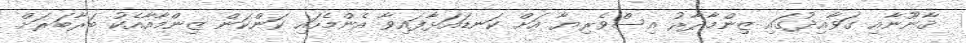
ޤާނޫނާއި ގަވާއިދުގައި ޒިންމާދާރު އިސްވެރިޔާ އަށް ކަނޑައަޅާފައިވާ އެންމެހައި ކަންކަން ޒިންމާއާއެކު ބަރާބަރަށް